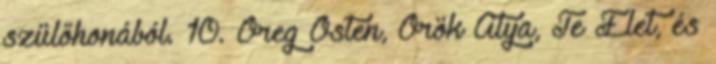
szülőhonából. 10. Öreg Ősten, Örök Atya, Te Élet, és